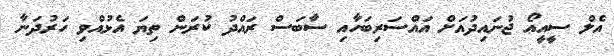
އެލް ސީއީއޯ ޖުނައިދުއަށް އައްސަރިބަހާއި ސާބަސް ރައްދު ކުރަން ތިޔަ އެޅުއްވި ހަރުދަނާ